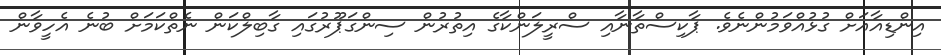
އިންޑިއާއަަށް ގުޅުއްވަމުންނެވެ. ޕާކިސްތާނާއި ސްރީލަންކާގެ އިތުރުން ސިންގަޕޫރުގައި ގާބިލްކަން ނެތްކަމަށް ބުނެ އެހީވާން